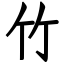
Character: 竹